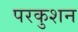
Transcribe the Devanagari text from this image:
परकुशन